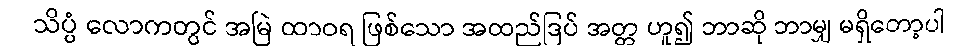
သိပ္ပံ လောကတွင် အမြဲ ထာဝရ ဖြစ်သော အထည်ဒြပ် အတ္တ ဟူ၍ ဘာဆို ဘာမျှ မရှိတော့ပါ